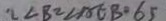
= \angle B = \angle A E B = 6 5